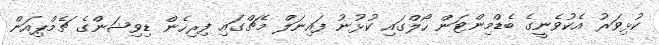
ކުޅިވަރު އެކުވެނީގެ ބެޑްމިންޓަން ހޯލްގައި ކުޅުނު ފައިނަލް މެޗްގައި ފިރިހެން ޑިވިޝަންގެ ޗެމްޕިއަން